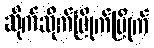
ဆိုက်ဆိုက်မြိုက်မြိုက်